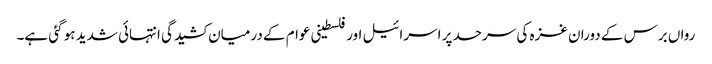
رواں برس کے دوران غزہ کی سرحد پر اسرائیل اور فلسطینی عوام کے درمیان کشیدگی انتہائی شدید ہو گئی ہے۔